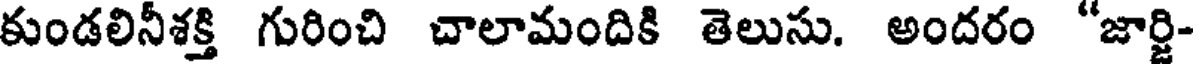
కుండలినీశక్తి గురించి చాలామందికి తెలుసు. అందరం "జార్జి-